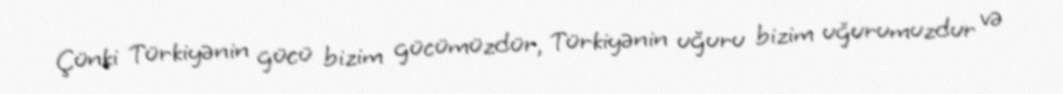
Çünki Türkiyənin gücü bizim gücümüzdür, Türkiyənin uğuru bizim uğurumuzdur və